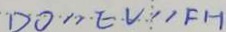
D O / / E V / / F H